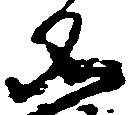
名